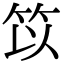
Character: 笖